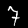
Digit: 7